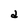
Character: d